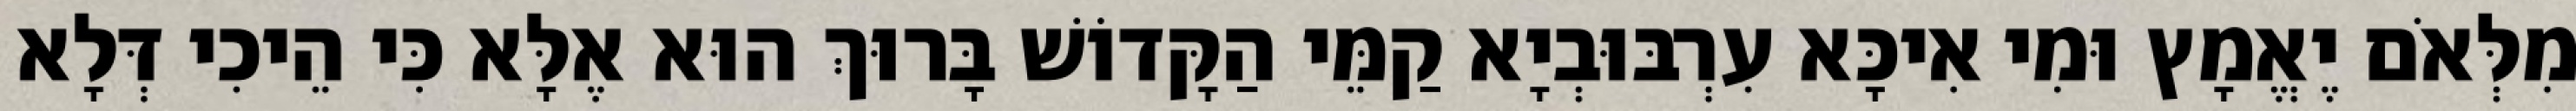
מִלְּאֹם יֶאֱמָץ וּמִי אִיכָּא עִרְבּוּבְיָא קַמֵּי הַקָּדוֹשׁ בָּרוּךְ הוּא אֶלָּא כִּי הֵיכִי דְּלָא